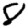
Digit: 8